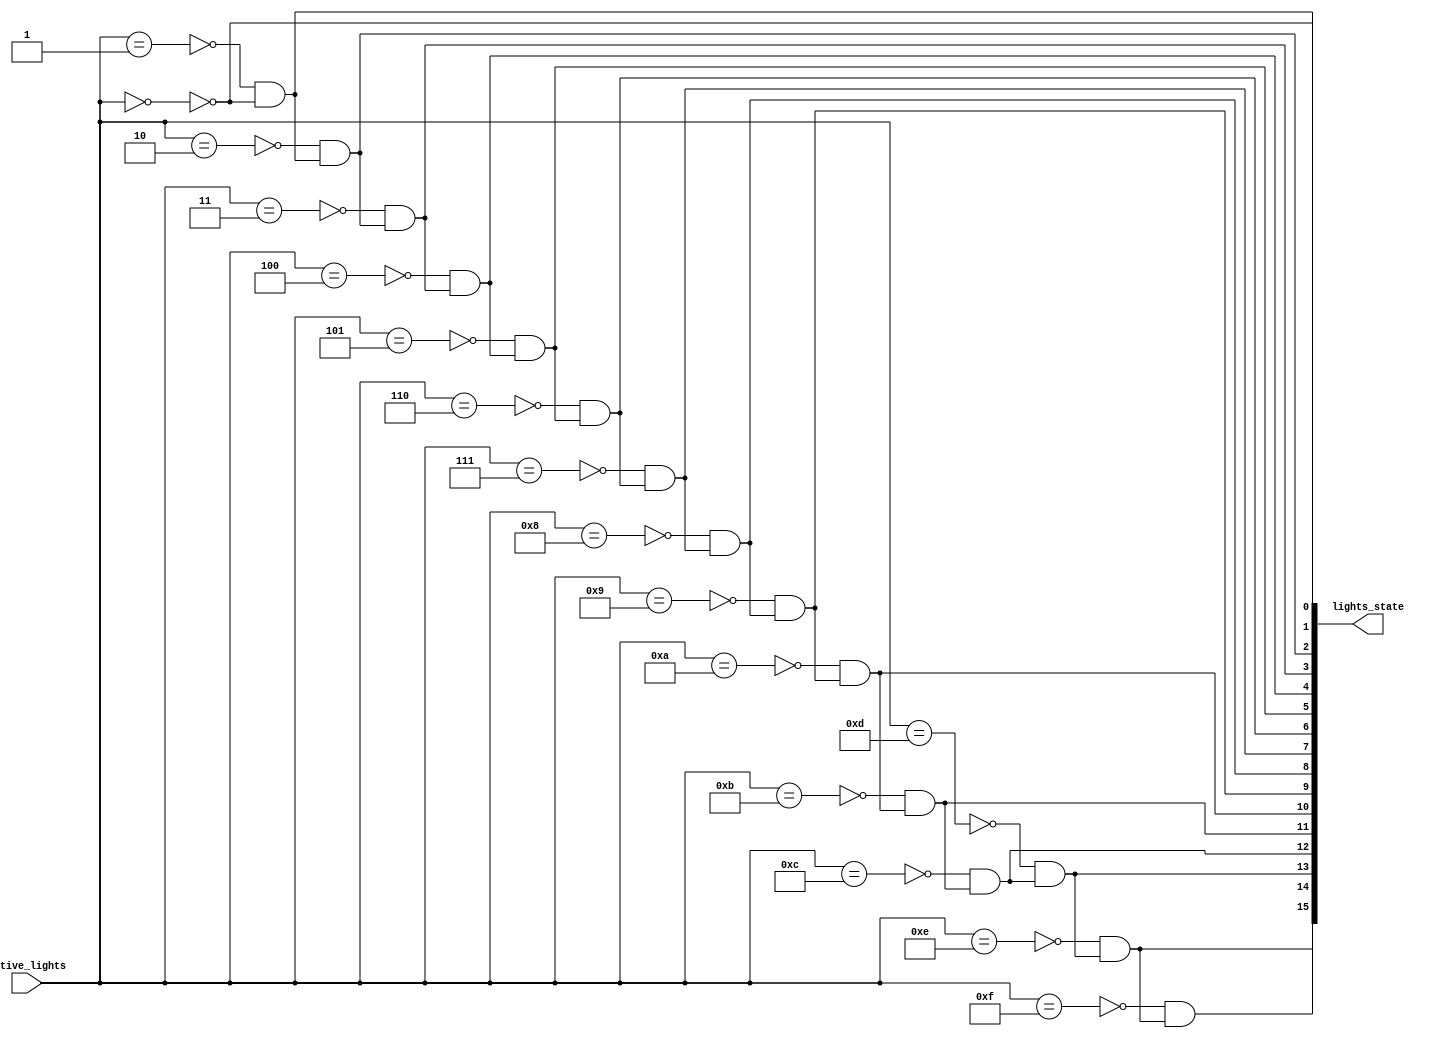
/*--  *******************************************************
--  Computer Architecture Course, Laboratory Sources 
--  Amirkabir University of Technology (Tehran Polytechnic)
--  Department of Computer Engineering (CE-AUT)
--  https://ce[dot]aut[dot]ac[dot]ir
--  *******************************************************
--  All Rights reserved (C) 2019-2020
--  *******************************************************
--  Student ID  : 
--  Student Name: 
--  Student Mail: 
--  *******************************************************
--  Additional Comments:
--
--*/

/*-----------------------------------------------------------
---  Module Name: Active Lights
---  Description: Module4: 
-----------------------------------------------------------*/
`timescale 1 ns/1 ns

module LampState (
	input  [ 3:0] active_lights , // number of active light
	output[15:0] lights_state    // state of lights is on
);
	reg [15:0] w;
	assign lights_state = w;

	always @(active_lights) begin

		w[0] = ~(active_lights == 4'b0000);
		w[1] = ~(active_lights == 4'b0001) & w[0];
		w[2] = ~(active_lights == 4'b0010) & w[1];
		w[3] = ~(active_lights == 4'b0011) & w[2];
		w[4] = ~(active_lights == 4'b0100) & w[3];
		w[5] = ~(active_lights == 4'b0101) & w[4];
		w[6] = ~(active_lights == 4'b0110) & w[5];
		w[7] = ~(active_lights == 4'b0111) & w[6];
		w[8] = ~(active_lights == 4'b1000) & w[7];
		w[9] = ~(active_lights == 4'b1001) & w[8];
		w[10] = ~(active_lights == 4'b1010) & w[9];
		w[11] = ~(active_lights == 4'b1011) & w[10];
		w[12] = ~(active_lights == 4'b1100) & w[11];
		w[13] = ~(active_lights == 4'b1101) & w[12];
		w[14] = ~(active_lights == 4'b1110) & w[13];
		w[15] = ~(active_lights == 4'b1111) & w[14];
	end
endmodule